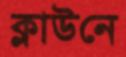
ক্লাউনে